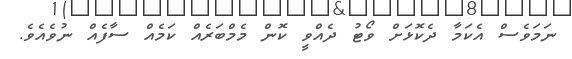
ނަމަވެސް އެކަމާ ދެކޮޅަށް ވޯޓު ދެއްވީ ކޮން މެމްބަރެއް ކަމެއް ސާފެއް ނުވެއެވެ.